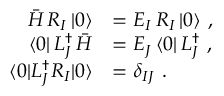
\begin{array} { r l } { \bar { H } \, R _ { I } \, | 0 \rangle } & { = E _ { I } \, R _ { I } \, | 0 \rangle ~ , } \\ { \langle 0 | \, L _ { J } ^ { \dagger } \, \bar { H } } & { = E _ { J } \, \langle 0 | \, L _ { J } ^ { \dagger } ~ , } \\ { \langle 0 | L _ { J } ^ { \dagger } R _ { I } | 0 \rangle } & { = \delta _ { I J } ~ . } \end{array}